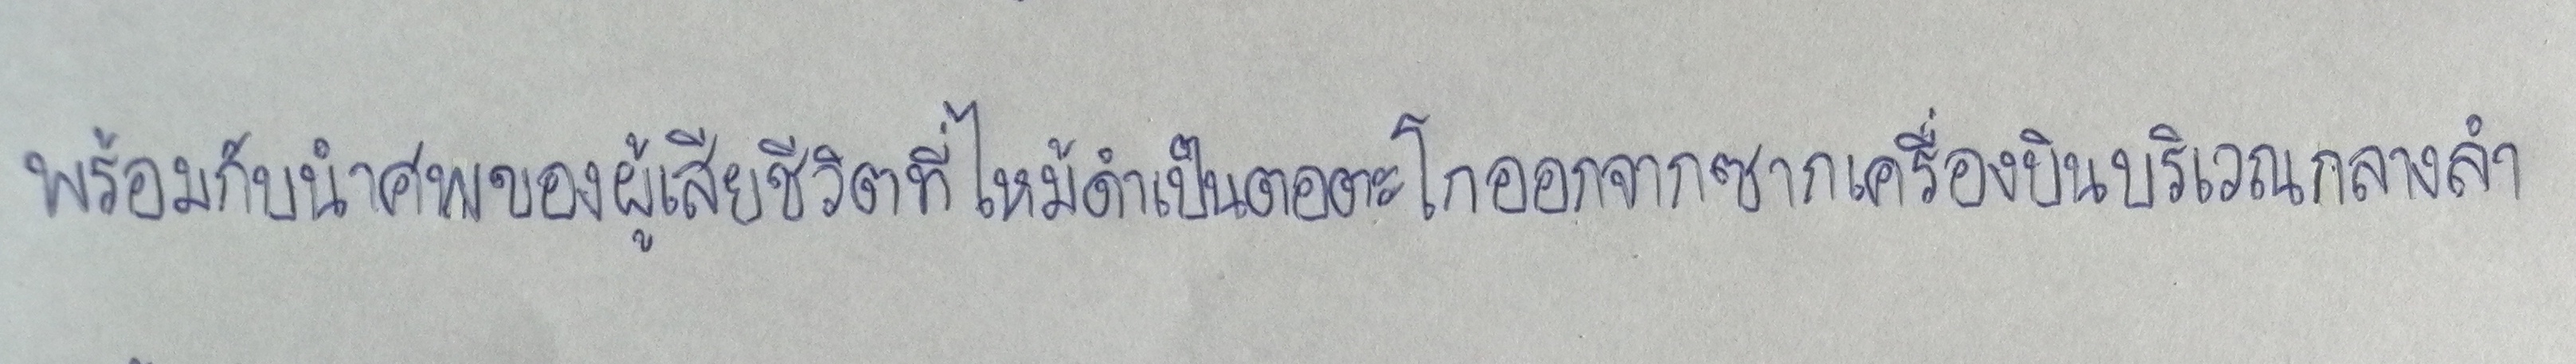
พร้อมกับนำศพของผู้เสียชีวิตที่ไหม้ดำเป็นตอตะโกออกจากซากเครื่องบินบริเวณกลางลำ